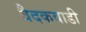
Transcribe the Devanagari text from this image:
वैदकवाडी